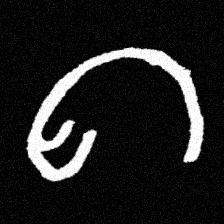
Pyu character \u2014 Myanmar letter: ဂ (romanized: ga)